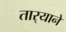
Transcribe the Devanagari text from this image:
तार्‍याने